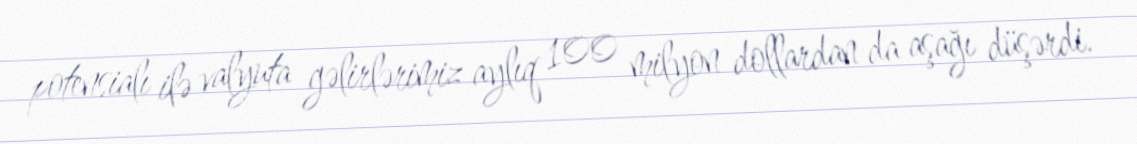
potensialı ilə valyuta gəlirlərimiz aylıq 100 milyon dollardan da aşağı düşərdi.